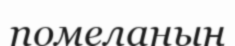
помеланың